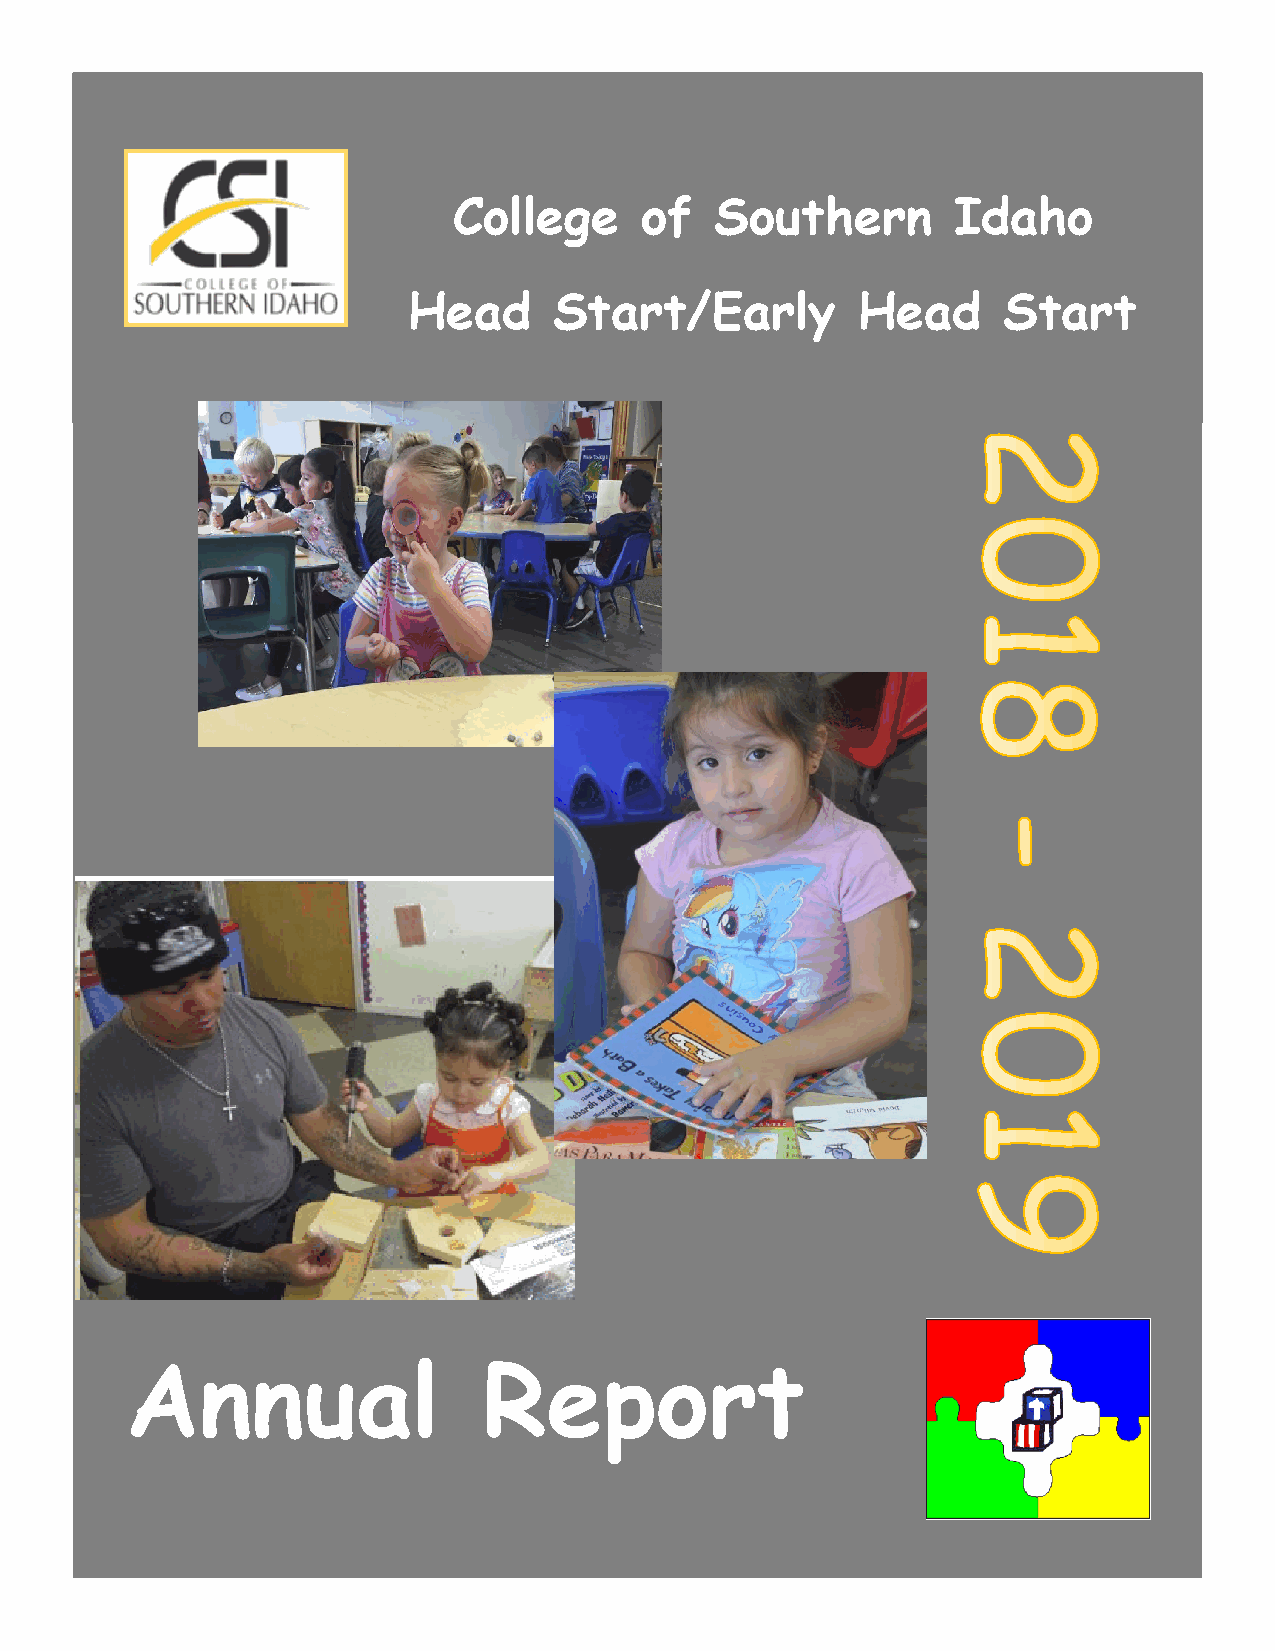
College     of   Southern        Idaho
 Head      Start/Early         Head     Start
 Annual                  Report